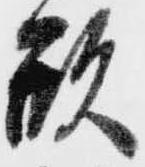
形